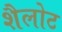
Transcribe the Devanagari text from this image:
शैलोट